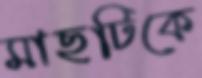
মাছটিকে